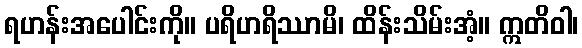
ရဟန်းအပေါင်းကို။ ပရိဟရိဿာမိ၊ ထိန်းသိမ်းအံ့။ ဣတိဝါ၊